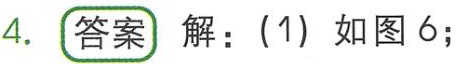
4. 答案 解：(1) 如图6;